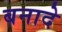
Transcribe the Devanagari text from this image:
बनादे